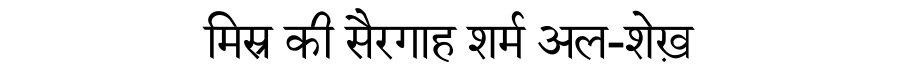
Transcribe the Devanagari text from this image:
मिस्र की सैरगाह शर्म अल-शेख़